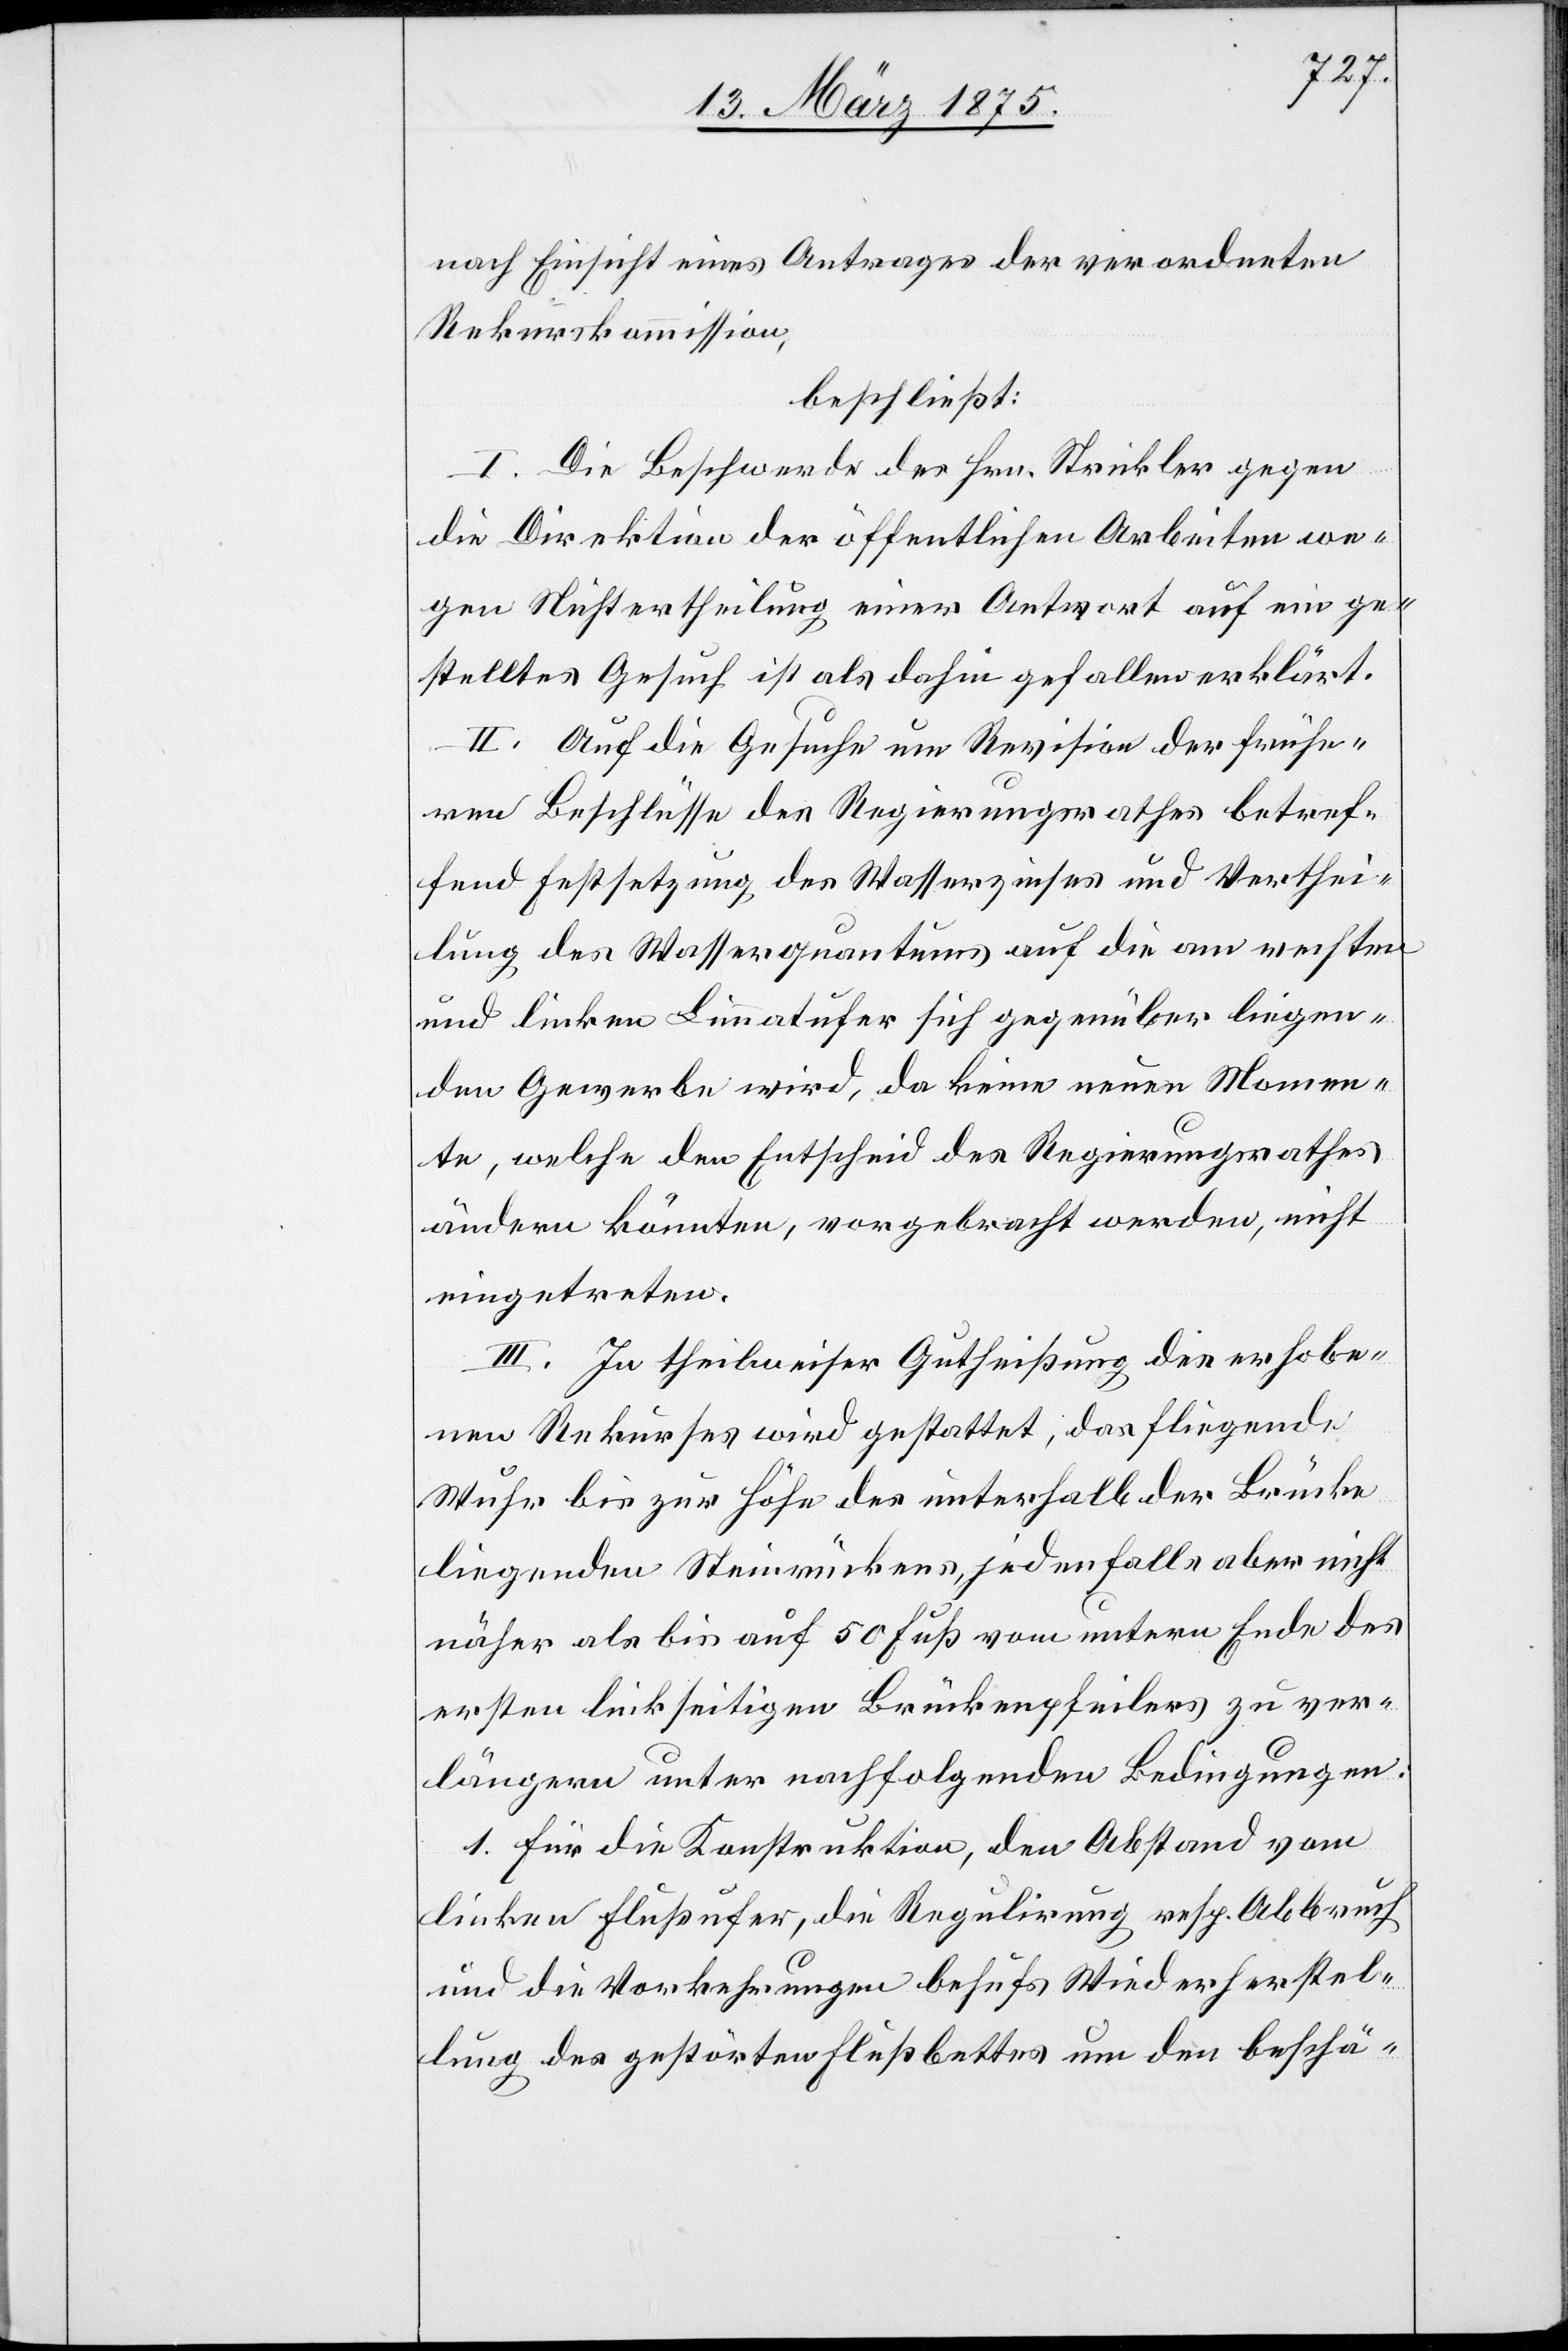
Nach Einsicht eines Antrages der verordneten
Rekurskommission,
beschließt:
I. Die Beschwerde des Hrn. Strickler gegen
die Direktion der öffentlichen Arbeiten we¬
gen Nichtertheilung einer Antwort auf ein ge¬
stelltes Gesuch ist als dahin gefallen erklärt.
II. Auf die Gesuche um Revision der frühe¬
ren Beschlüsse des Regierungsrathes betref¬
fend Festsetzung des Wasserzinses und Verthei¬
lung des Wasserquantums auf die am rechten
und linken Limmatufer sich gegenüberliegen¬
den Gewerbe wird, da keine neuen Momen¬
te, welche den Entscheid des Regierungsrathes
ändern könnten, vorgebracht werden, nicht
eingetreten.
III. In theilweiser Gutheißung des erhobe¬
nen Rekurses wird gestattet, das fliegende
Wuhr bis zur Höhe des unterhalb der Brücken
liegenden Steinrückens, jedenfalls aber nicht
näher bis auf 50 Fuß vom untern Ende des
ersten linksseitigen Rückenpfeilers zu ver¬
längern unter nachfolgenden Bedingungen:
1. Für die Konstruktion, die Abstand vom
linken Flußufer, die Regulirung resp. Abbruch
und die Vorkehrungen behufs Wiederherstel¬
lung des gestörten Flußbettes um den beschä-